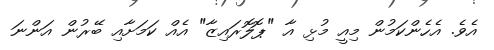
އެވެ. އެހެންކަމުން މިއީ މުޅި އާ "ޕޮލޮރައިޒާ" އެއް ކަމަށާއި ބޭރުން އަންނަ